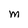
Character: M